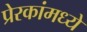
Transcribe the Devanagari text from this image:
प्रेरकांमध्ये